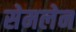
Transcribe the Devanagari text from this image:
सेमलेन